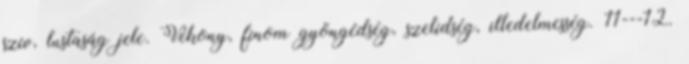
szív, lustaság jele. Vékony, finom gyöngédség, szelídség, illedelmesség. 11---12.